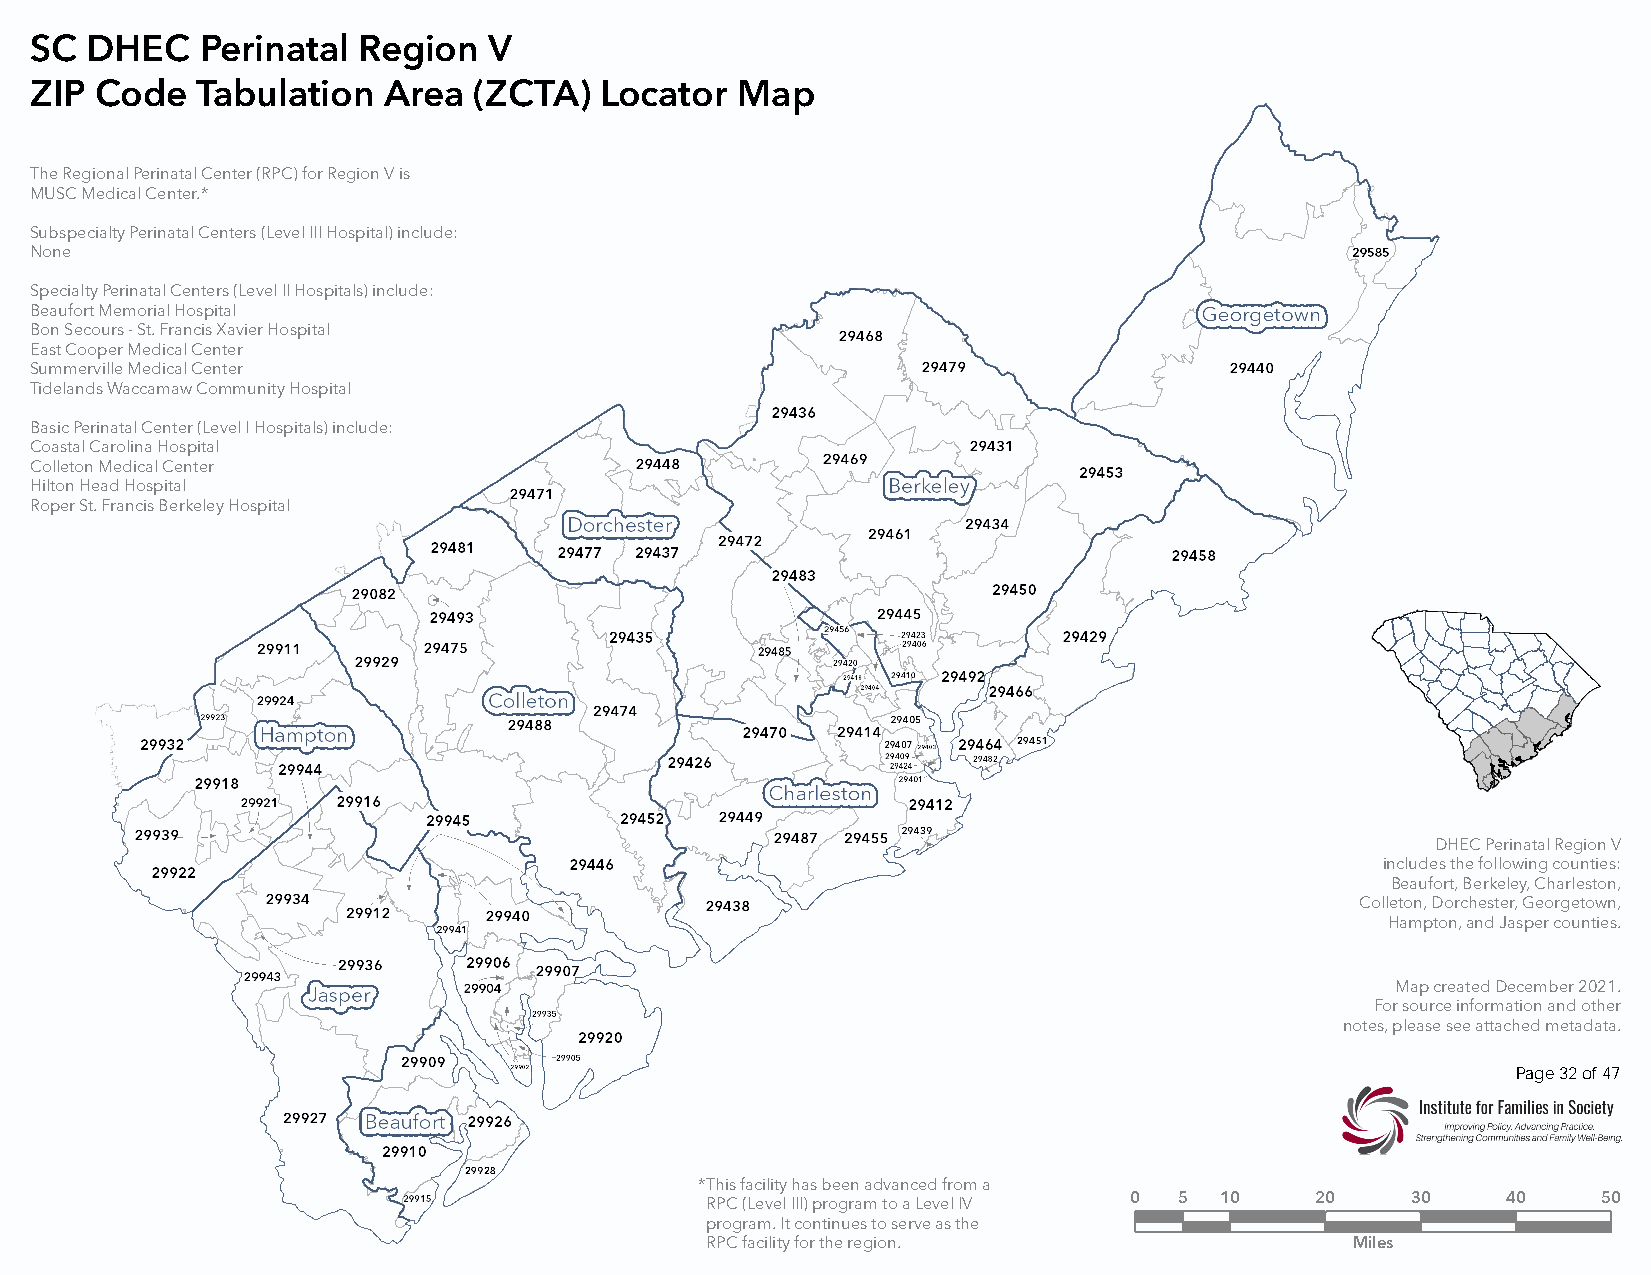
SC  DHEC   Perinatal  Region  V
 ZIP Code   Tabulation  Area  (ZCTA)   Locator  Map
 The Regional Perinatal Center (RPC) for Region V is
 MUSC Medical Center.*
 Subspecialty Perinatal Centers (Level III Hospital) include:
 None
 Specialty Perinatal Centers (Level II Hospitals) include:
 Beaufort Memorial Hospital
 Bon Secours - St. Francis Xavier Hospital
 East Cooper Medical Center
 Summerville Medical Center
 Tidelands Waccamaw Community Hospital
 Basic Perinatal Center (Level I Hospitals) include:
 Coastal Carolina Hospital
 Colleton Medical Center
 Hilton Head Hospital
 Roper St. Francis Berkeley Hospital
 DHEC Perinatal Region V
 includes the following counties:
 Beaufort, Berkeley, Charleston,
 Colleton, Dorchester, Georgetown,
 Hampton, and Jasper counties.
 Map created December 2021.
 For source information and other
 notes, please see attached metadata.
 Page 32 of 47
 *This facility has been advanced from a
 RPC (Level III) program to a Level IV 0 5 10 20 30   40    50
 program. It continues to serve as the
 RPC facility for the region.              Miles